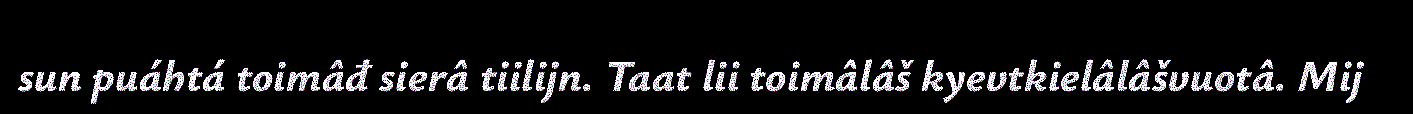
sun puáhtá toimâđ sierâ tiilijn. Taat lii toimâlâš kyevtkielâlâšvuotâ. Mij